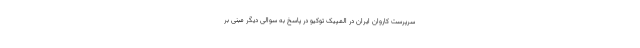
سرپرست کاروان ایران در المپیک توکیو در پاسخ به سوالی دیگر مبنی بر